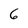
Character: 6